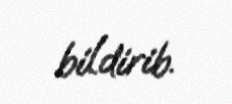
bildirib.